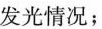
发光情况；